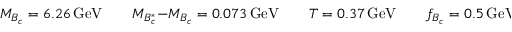
M _ { B _ { c } } = 6 . 2 6 \, \mathrm { G e V } \qquad M _ { B _ { c } ^ { * } } - M _ { B _ { c } } = 0 . 0 7 3 \, \mathrm { G e V } \qquad T = 0 . 3 7 \, \mathrm { G e V } \qquad f _ { B _ { c } } = 0 . 5 \, \mathrm { G e V }